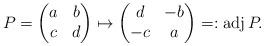
LaTeX: \begin{align*}P=\begin{pmatrix}a&b\\ c&d\end{pmatrix}\mapsto\begin{pmatrix}d&-b\\-c&a\end{pmatrix}=:\operatorname{adj}P.\end{align*}